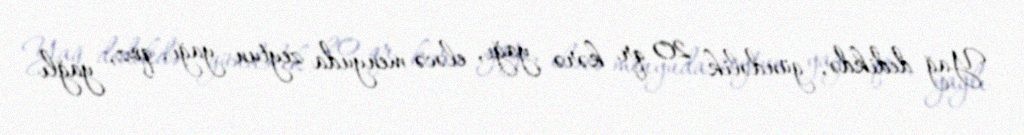
Yağ dedikdə, gündəlik 20 qr kərə yağı, eləcə menyuda zeytun yağı, qoz, yağlı